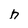
Character: h